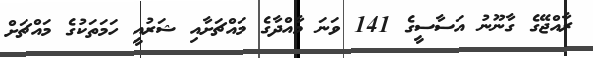
ރާއްޖޭގެ ގާނޫނު އަސާސީގެ 141 ވަނަ މާއްދާގެ މައްޗަށާއި ޝަރުއީ ހަމަތަކުގެ މައްޗަށް